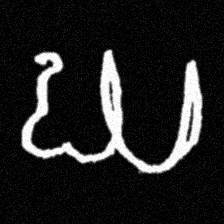
Pyu character \u2014 Myanmar letter: ဃ (romanized: gha)